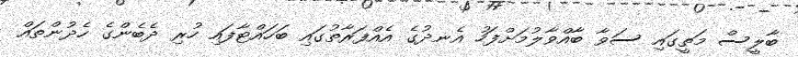
ބާލީސް މަތީގައި ސަވާ ބާއްވާލުމަށްފަހު އެނދުގެ އެއްފަރާތުގައި ބަހައްޓާފައި ހުރި ދެބެންގެ ހެދުންތައް